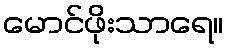
မောင်ဖိုးသာရေ။